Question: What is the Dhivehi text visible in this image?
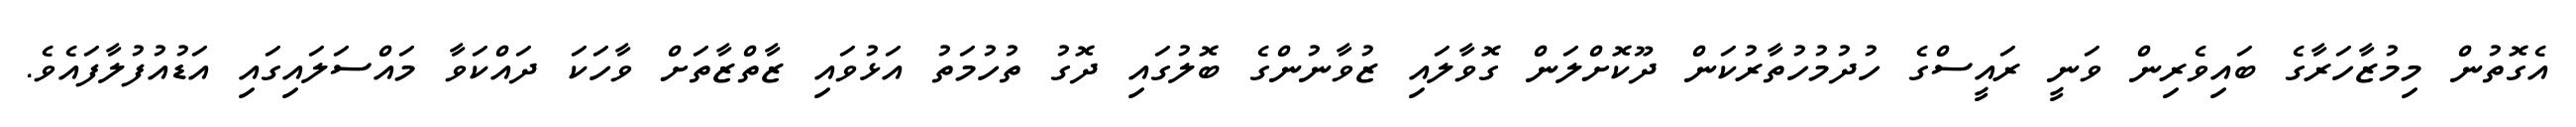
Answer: އެގޮތުން މިމުޒާހަރާގެ ބައިވެރިން ވަނީ ރައީސްގެ ހުދުމުހުތާރުކަން ދޫކޮށްލަން ގޮވާލައި ޒުވާނުންގެ ބޮލުގައި ދޮގު ތުހުމަތު އަޅުވައި ޒާތްޒާތަށް ވާހަކަ ދައްކަވާ މައްސަލައިގައި އަޑުއުފުލާފައެވެ.